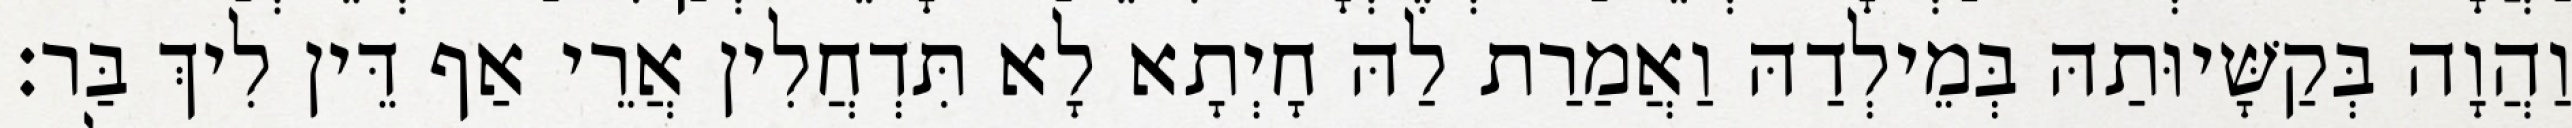
וַהֲוָה בְּקַשָּׁיוּתַהּ בְּמֵילְדַהּ וַאֲמַרַת לַהּ חָיְתָא לָא תִּדְחֲלִין אֲרֵי אַף דֵּין לִיךְ בַּר׃